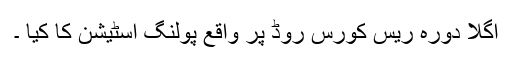
اگلا دورہ ریس کورس روڈ پر واقع پولنگ اسٹیشن کا کیا ۔